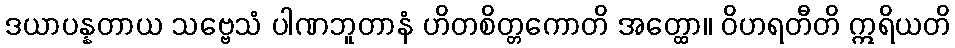
ဒယာပန္နတာယ သဗ္ဗေသံ ပါဏဘူတာနံ ဟိတစိတ္တကောတိ အတ္ထော။ ဝိဟရတီတိ ဣရိယတိ